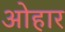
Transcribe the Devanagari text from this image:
ओहार